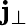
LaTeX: \mathbf{j}_{\perp}